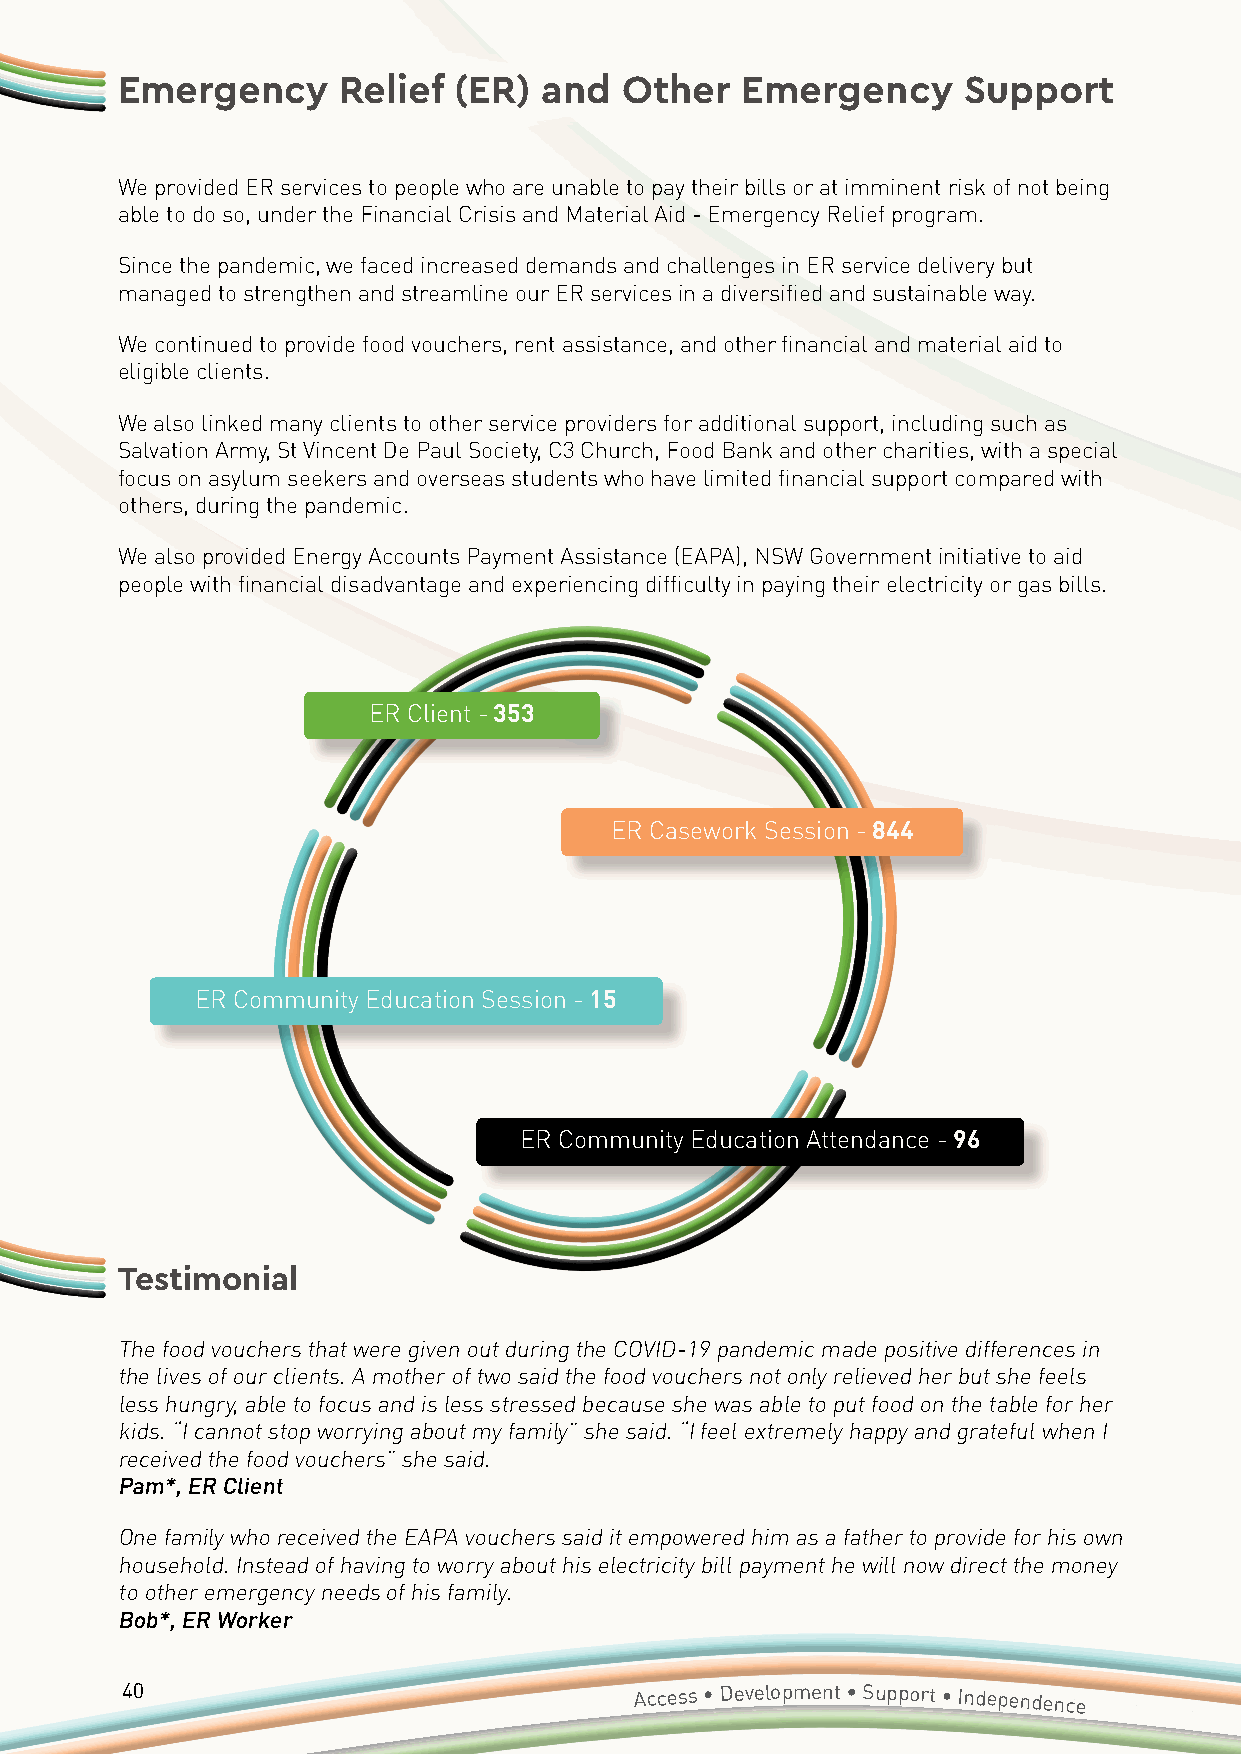
Emergency     Relief  (ER)  and  Other   Emergency      Support
 We provided ER services to people who are unable to pay their bills or at imminent risk of not being
 able to do so, under the Financial Crisis and Material Aid - Emergency Relief program.
 Since the pandemic, we faced increased demands and challenges in ER service delivery but
 managed to strengthen and streamline our ER services in a diversified and sustainable way.
 We continued to provide food vouchers, rent assistance, and other financial and material aid to
 eligible clients.
 We also linked many clients to other service providers for additional support, including such as
 Salvation Army, St Vincent De Paul Society, C3 Church, Food Bank and other charities, with a special
 focus on asylum seekers and overseas students who have limited financial support compared with
 others, during the pandemic.
 We also provided Energy Accounts Payment Assistance (EAPA), NSW Government initiative to aid
 people with financial disadvantage and experiencing difficulty in paying their electricity or gas bills.
 ER Client - 353
 ER Casework Session - 844
 ER Community Education Session - 15
 ER Community Education Attendance - 96
 Testimonial
 The food vouchers that were given out during the COVID-19 pandemic made positive differences in
 the lives of our clients. A mother of two said the food vouchers not only relieved her but she feels
 less hungry, able to focus and is less stressed because she was able to put food on the table for her
 kids. “I cannot stop worrying about my family” she said. “I feel extremely happy and grateful when I
 received the food vouchers” she said.
 Pam*, ER Client
 One family who received the EAPA vouchers said it empowered him as a father to provide for his own
 household. Instead of having to worry about his electricity bill payment he will now direct the money
 to other emergency needs of his family.
 Bob*, ER Worker
 40                                Access • Development • Support • Independence
 Annual
 Report 2020/2021 • Accessible Diversity Services Initiative
 Limited